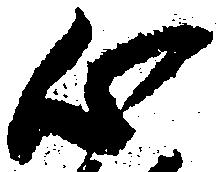
心